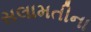
સલામતીના